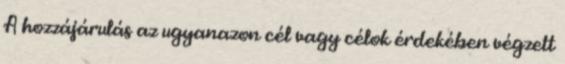
A hozzájárulás az ugyanazon cél vagy célok érdekében végzett